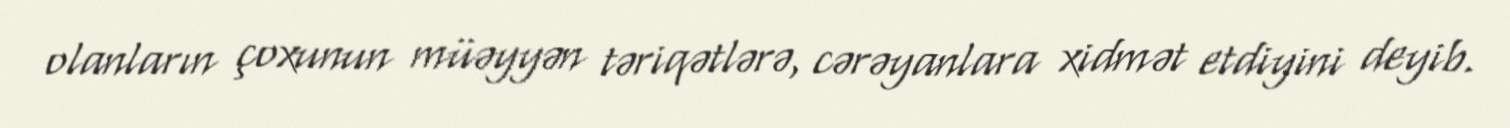
olanların çoxunun müəyyən təriqətlərə, cərəyanlara xidmət etdiyini deyib.